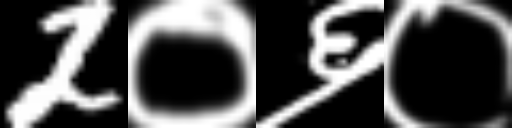
Text: 2०६०